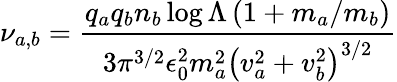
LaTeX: \nu_{a,b}=\frac{q_{a}q_{b}n_{b}\log\Lambda\left(1+m_{a}/m_{b}\right)}{3\pi^{3/2}\epsilon_{0}^{2}m_{a}^{2}\left(v_{a}^{2}+v_{b}^{2}\right)^{3/2}}